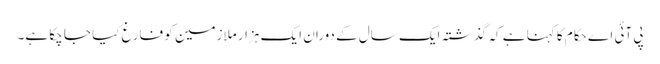
پی آئی اے حکام کا کہنا ہے کہ گذشتہ ایک سال کے دوران ایک ہزار ملازمین کو فارغ کیا جا چکا ہے۔